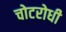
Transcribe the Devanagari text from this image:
चोटरोधी